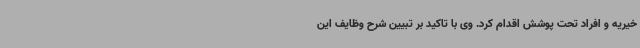
خیریه و افراد تحت پوشش اقدام کرد. وی با تاکید بر تبیین شرح وظایف این